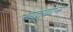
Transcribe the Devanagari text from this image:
सदादान